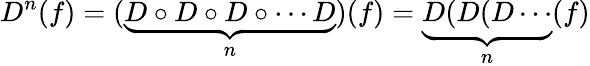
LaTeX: D^{n}(f)=(\underbrace{D\circ D\circ D\circ\cdots D}_{n})(f)=\underbrace{D(D(D\cdots}_{n}(f)